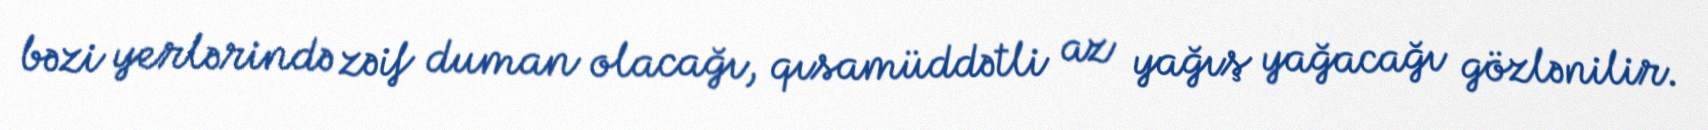
bəzi yerlərində zəif duman olacağı, qısamüddətli az yağış yağacağı gözlənilir.